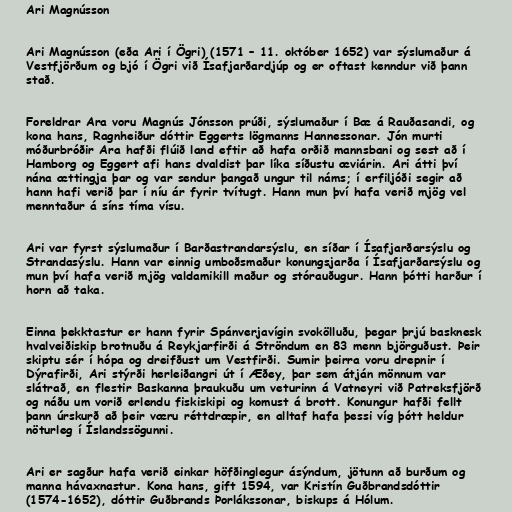
Ari Magnússon

Ari Magnússon (eða Ari í Ögri) (1571 – 11. október 1652) var sýslumaður á
Vestfjörðum og bjó í Ögri við Ísafjarðardjúp og er oftast kenndur við þann
stað.

Foreldrar Ara voru Magnús Jónsson prúði, sýslumaður í Bæ á Rauðasandi, og
kona hans, Ragnheiður dóttir Eggerts lögmanns Hannessonar. Jón murti
móðurbróðir Ara hafði flúið land eftir að hafa orðið mannsbani og sest að í
Hamborg og Eggert afi hans dvaldist þar líka síðustu æviárin. Ari átti því
nána ættingja þar og var sendur þangað ungur til náms; í erfiljóði segir að
hann hafi verið þar í níu ár fyrir tvítugt. Hann mun því hafa verið mjög vel
menntaður á síns tíma vísu.

Ari var fyrst sýslumaður í Barðastrandarsýslu, en síðar í Ísafjarðarsýslu og
Strandasýslu. Hann var einnig umboðsmaður konungsjarða í Ísafjarðarsýslu og
mun því hafa verið mjög valdamikill maður og stórauðugur. Hann þótti harður í
horn að taka.

Einna þekktastur er hann fyrir Spánverjavígin svokölluðu, þegar þrjú basknesk
hvalveiðiskip brotnuðu á Reykjarfirði á Ströndum en 83 menn björguðust. Þeir
skiptu sér í hópa og dreifðust um Vestfirði. Sumir þeirra voru drepnir í
Dýrafirði, Ari stýrði herleiðangri út í Æðey, þar sem átján mönnum var
slátrað, en flestir Baskanna þraukuðu um veturinn á Vatneyri við Patreksfjörð
og náðu um vorið erlendu fiskiskipi og komust á brott. Konungur hafði fellt
þann úrskurð að þeir væru réttdræpir, en alltaf hafa þessi víg þótt heldur
nöturleg í Íslandssögunni.

Ari er sagður hafa verið einkar höfðinglegur ásýndum, jötunn að burðum og
manna hávaxnastur. Kona hans, gift 1594, var Kristín Guðbrandsdóttir
(1574-1652), dóttir Guðbrands Þorlákssonar, biskups á Hólum.